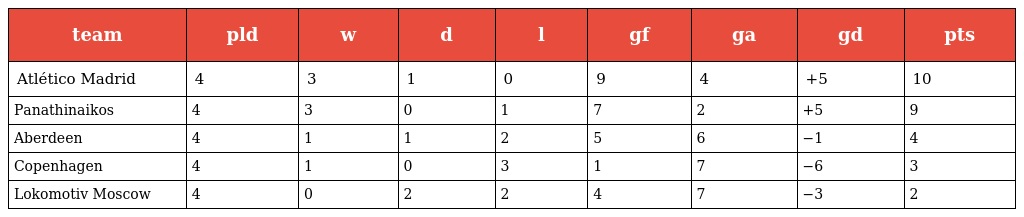
| team | pld | w | d | l | gf | ga | gd | pts |
 | --- | --- | --- | --- | --- | --- | --- | --- | --- |
 | Atlético Madrid | 4 | 3 | 1 | 0 | 9 | 4 | +5 | 10 |
 | Panathinaikos | 4 | 3 | 0 | 1 | 7 | 2 | +5 | 9 |
 | Aberdeen | 4 | 1 | 1 | 2 | 5 | 6 | −1 | 4 |
 | Copenhagen | 4 | 1 | 0 | 3 | 1 | 7 | −6 | 3 |
 | Lokomotiv Moscow | 4 | 0 | 2 | 2 | 4 | 7 | −3 | 2 |